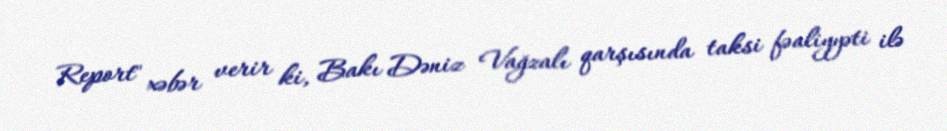
Report" xəbər verir ki, Bakı Dəniz Vağzalı qarşısında taksi fəaliyyəti ilə